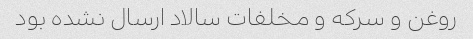
روغن و سرکه و مخلفات سالاد ارسال نشده بود